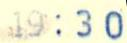
19:30